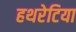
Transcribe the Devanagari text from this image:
हथरेटिया